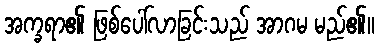
အက္ခရာ၏ ဖြစ်ပေါ်လာခြင်းသည် အာဂမ မည်၏။